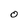
Character: O